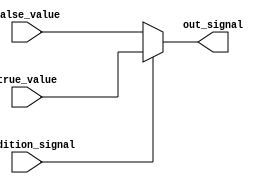
module conditional_assignment (
    input wire condition_signal,  // Input condition signal
    input wire [7:0] true_value,  // Value assigned to out_signal if condition_signal is true
    input wire [7:0] false_value, // Value assigned to out_signal if condition_signal is false
    output reg [7:0] out_signal    // Output signal that gets assigned based on condition_signal
);

// Continuous assignment using the ternary operator
always @(*) begin
    out_signal = condition_signal ? true_value : false_value;
end

endmodule